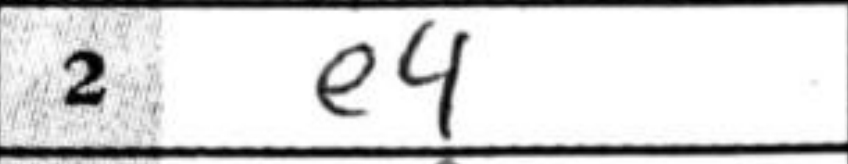
Transcription: e4